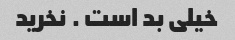
خیلی بد است . نخرید